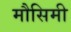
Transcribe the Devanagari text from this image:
मौसिमी